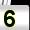
Digit: 5